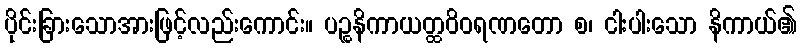
ပိုင်းခြားသောအားဖြင့်လည်းကောင်း။ ပဉ္စနိကာယတ္ထဝိဝရဏတော စ၊ ငါးပါးသော နိကာယ်၏